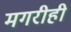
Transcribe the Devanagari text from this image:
मगरीही